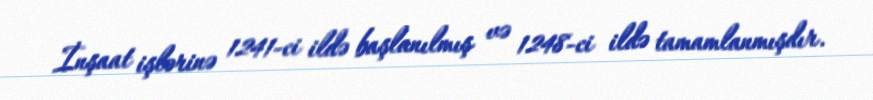
İnşaat işlərinə 1241-ci ildə başlanılmış və 1248-ci ildə tamamlanmışdır.